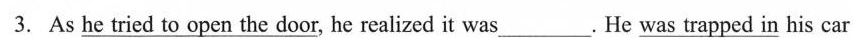
3.As \underline{he tried to open the door}, he realized it was ___ . He \underline{was ___ trapped in} his car